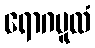
ရောဂမူလံ